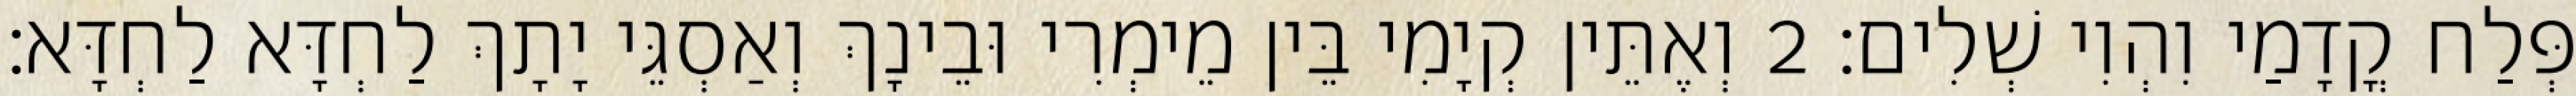
פְּלַח קֳדָמַי וִהְוִי שְׁלִים׃ 2 וְאֶתֵּין קְיָמִי בֵּין מֵימְרִי וּבֵינָךְ וְאַסְגֵּי יָתָךְ לַחְדָּא לַחְדָּא׃